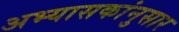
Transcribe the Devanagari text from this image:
अभ्यासकांनुसार